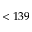
< 1 3 9